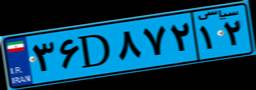
۳۶D۸۷۲۱۲